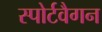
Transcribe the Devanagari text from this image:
स्पोर्टवैगन